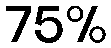
75%